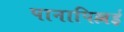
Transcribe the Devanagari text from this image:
पानापिल्लई